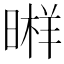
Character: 𣉫